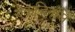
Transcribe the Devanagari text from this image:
एकजिनसि